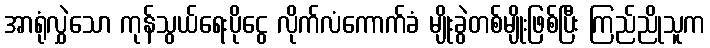
အာရုံလွှဲသော ကုန်သွယ်ရေးပိုငွေ လိုက်လံကောက်ခံ မျိုးခွဲတစ်မျိုးဖြစ်ပြီး ကြည်ညိုသူက